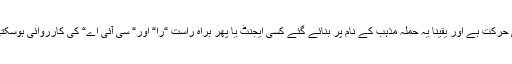
یہ حملہ غیر انسانی اور غیر اسلامی حرکت ہے اور یقینا یہ حملہ مذہب کے نام پر بنائے گئے کسی ایجنٹ یا پھر براہ راست “را“ اور“ سی آئی اے“ کی کارروائی ہوسکتی ہے تاکہ اسلام کو بدنام کیا جائے۔